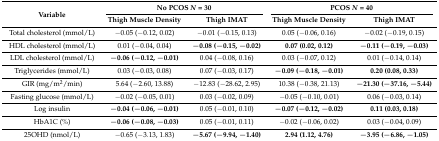
| <ROWSPAN=2> Variable | <COLSPAN=2> No PCOS N = 30 | <COLSPAN=2> PCOS N = 40 |
 | Thigh Muscle Density | Thigh IMAT | Thigh Muscle Density | Thigh IMAT |
 | --- | --- | --- | --- | --- |
 | Total cholesterol (mmol/L) | −0.05 (−0.12, 0.02) | −0.01 (−0.15, 0.13) | 0.05 (−0.06, 0.16) | −0.02 (−0.19, 0.15) |
 | HDL cholesterol (mmol/L) | 0.01 (−0.04, 0.04) | −0.08 (−0.15, −0.02) | 0.07 (0.02, 0.12) | −0.11 (−0.19, −0.03) |
 | LDL cholesterol (mmol/L) | −0.06 (−0.12, −0.01) | 0.04 (−0.08, 0.16) | 0.03 (−0.07, 0.12) | 0.01 (−0.14, 0.14) |
 | Triglycerides (mmol/L) | 0.03 (−0.03, 0.08) | 0.07 (−0.03, 0.17) | −0.09 (−0.18, −0.01) | 0.20 (0.08, 0.33) |
 | GIR (mg/m2/min) | 5.64 (−2.60, 13.88) | −12.83 (−28.62, 2.95) | 10.38 (−0.38, 21.13) | −21.30 (−37.16, −5.44) |
 | Fasting glucose (mmol/L) | −0.02 (−0.05, 0.01) | 0.03 (−0.02, 0.09) | −0.05 (−0.10, 0.01) | 0.06 (−0.03, 0.14) |
 | Log insulin | −0.04 (−0.06, −0.01) | 0.05 (−0.01, 0.10) | −0.07 (−0.12, −0.02) | 0.11 (0.03, 0.18) |
 | HbA1C (%) | −0.06 (−0.08, −0.03) | 0.05 (−0.01, 0.11) | −0.02 (−0.06, 0.02) | 0.03 (−0.04, 0.09) |
 | 25OHD (nmol/L) | −0.65 (−3.13, 1.83) | −5.67 (−9.94, −1.40) | 2.94 (1.12, 4.76) | −3.95 (−6.86, −1.05) |